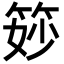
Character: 𥭝